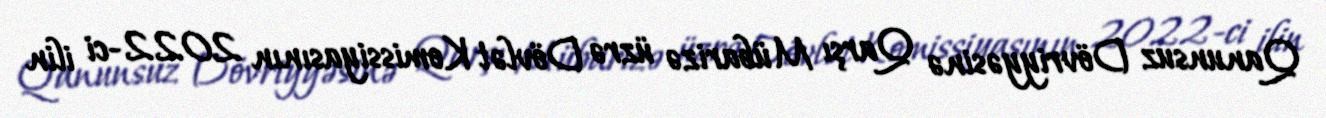
Qanunsuz Dövriyyəsinə Qarşı Mübarizə üzrə Dövlət Komissiyasının 2022-ci ilin